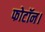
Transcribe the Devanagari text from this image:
फोटॉन।